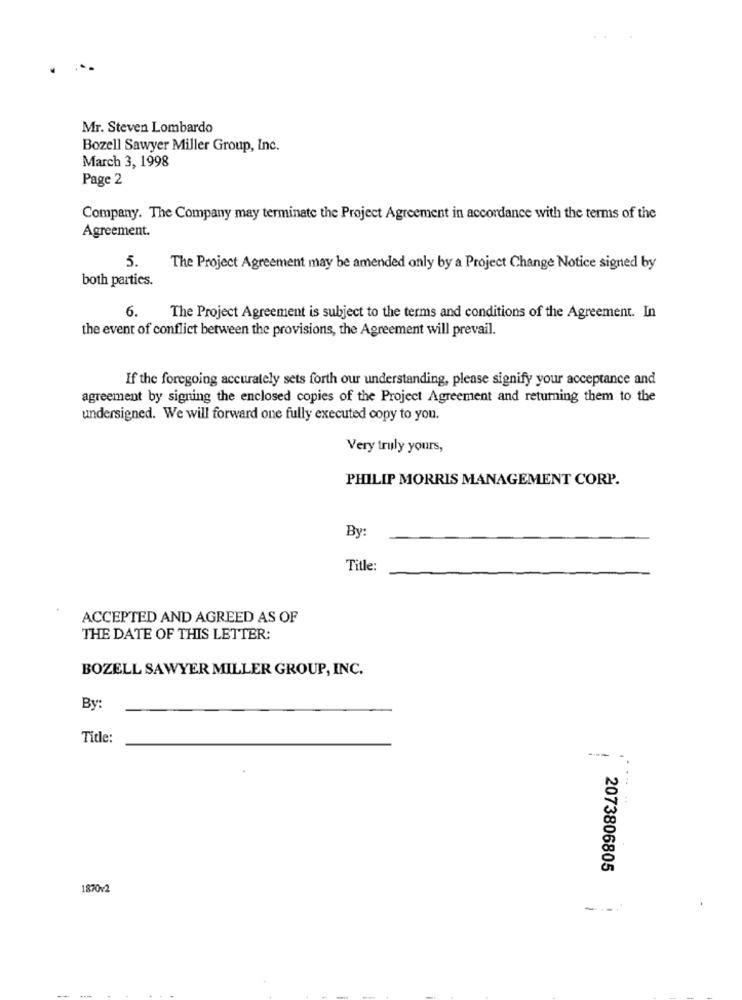
Mr. Steven Lombardo
Bozell Sawyer Miller Group, Inc.
March 3, 1998
Page 2
Company. The Company may terminate the Project Agreement in accordance with the terms of the
Agreement.
5.
The Project Agreement may be amended only by a Project Change Notice signed by
both parties.
6.
The Project Agreement is subject to the terms and conditions of the Agreement. In
the event of conflict between the provisions, the Agreement will prevail.
If the foregoing accurately sets forth our understanding, please signify your acceptance and
agreement by signing the enclosed copies of the Project Agreement and returning them to the
undersigned. We will forward one fully executed copy to you.
Very truly yours,
PHILIP MORRIS MANAGEMENT CORP.
By:
Title:
ACCEPTED AND AGREED AS OF
THE DATE OF THIS LETTER:
BOZELL SAWYER MILLER GROUP, INC.
By:
Title:
2073806805
1870v2
----